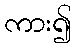
ကား၍